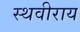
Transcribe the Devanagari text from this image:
स्थवीराय